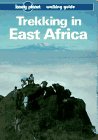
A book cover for Lonely Planet Trekking in East Africa; David Else; Travel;